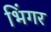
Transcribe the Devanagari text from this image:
भिंगर